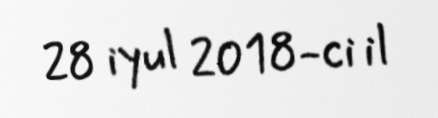
28 iyul 2018-ci il